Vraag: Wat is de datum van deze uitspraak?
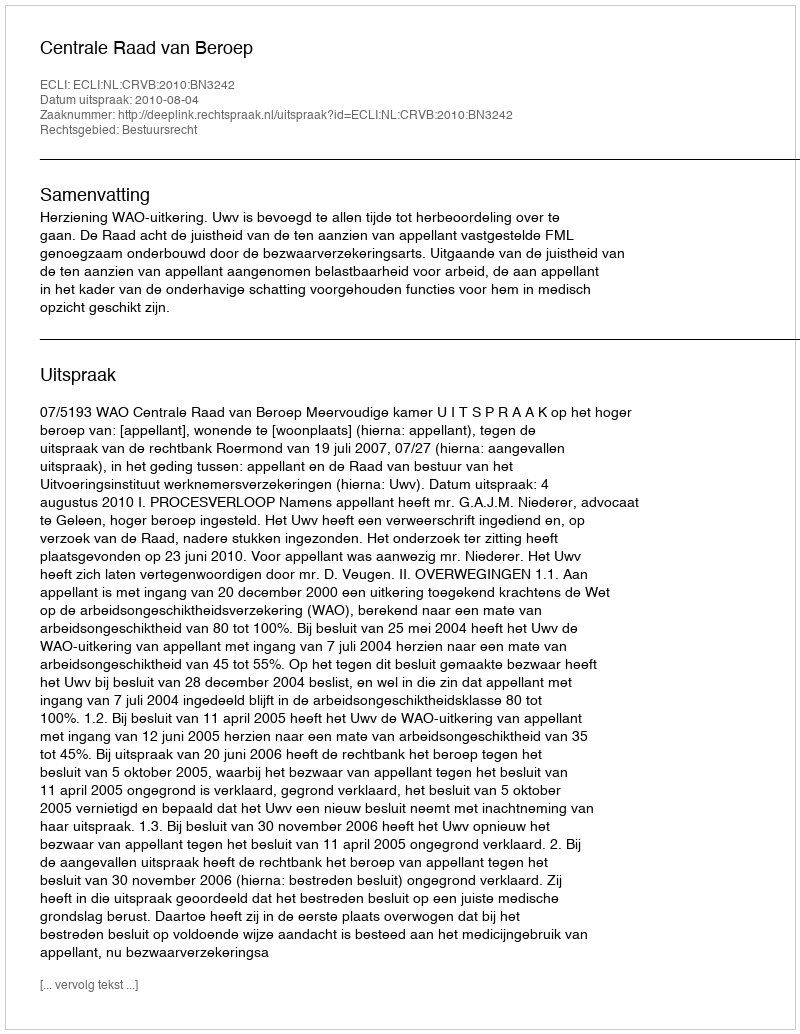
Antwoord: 2010-08-04